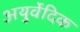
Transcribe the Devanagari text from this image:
अयुर्वेदिक